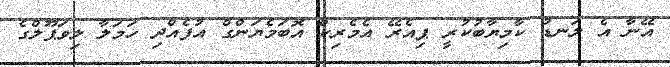
އޭނާ އެ ލަނޑު ކާމިޔާބުކުރީ ޕިއެރޭ އެމެރިކް އޮބަމެޔަންގް އުފެއްދި ހަމަލާ ލިވަޕޫލްގެ